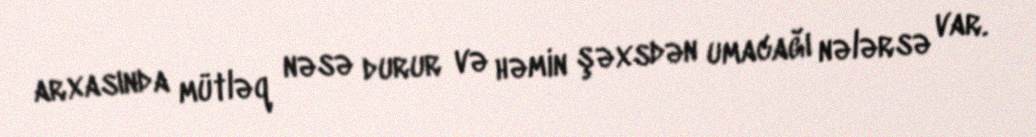
arxasında mütləq nəsə durur və həmin şəxsdən umacağı nələrsə var.